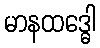
မာနထဒ္ဓေါ